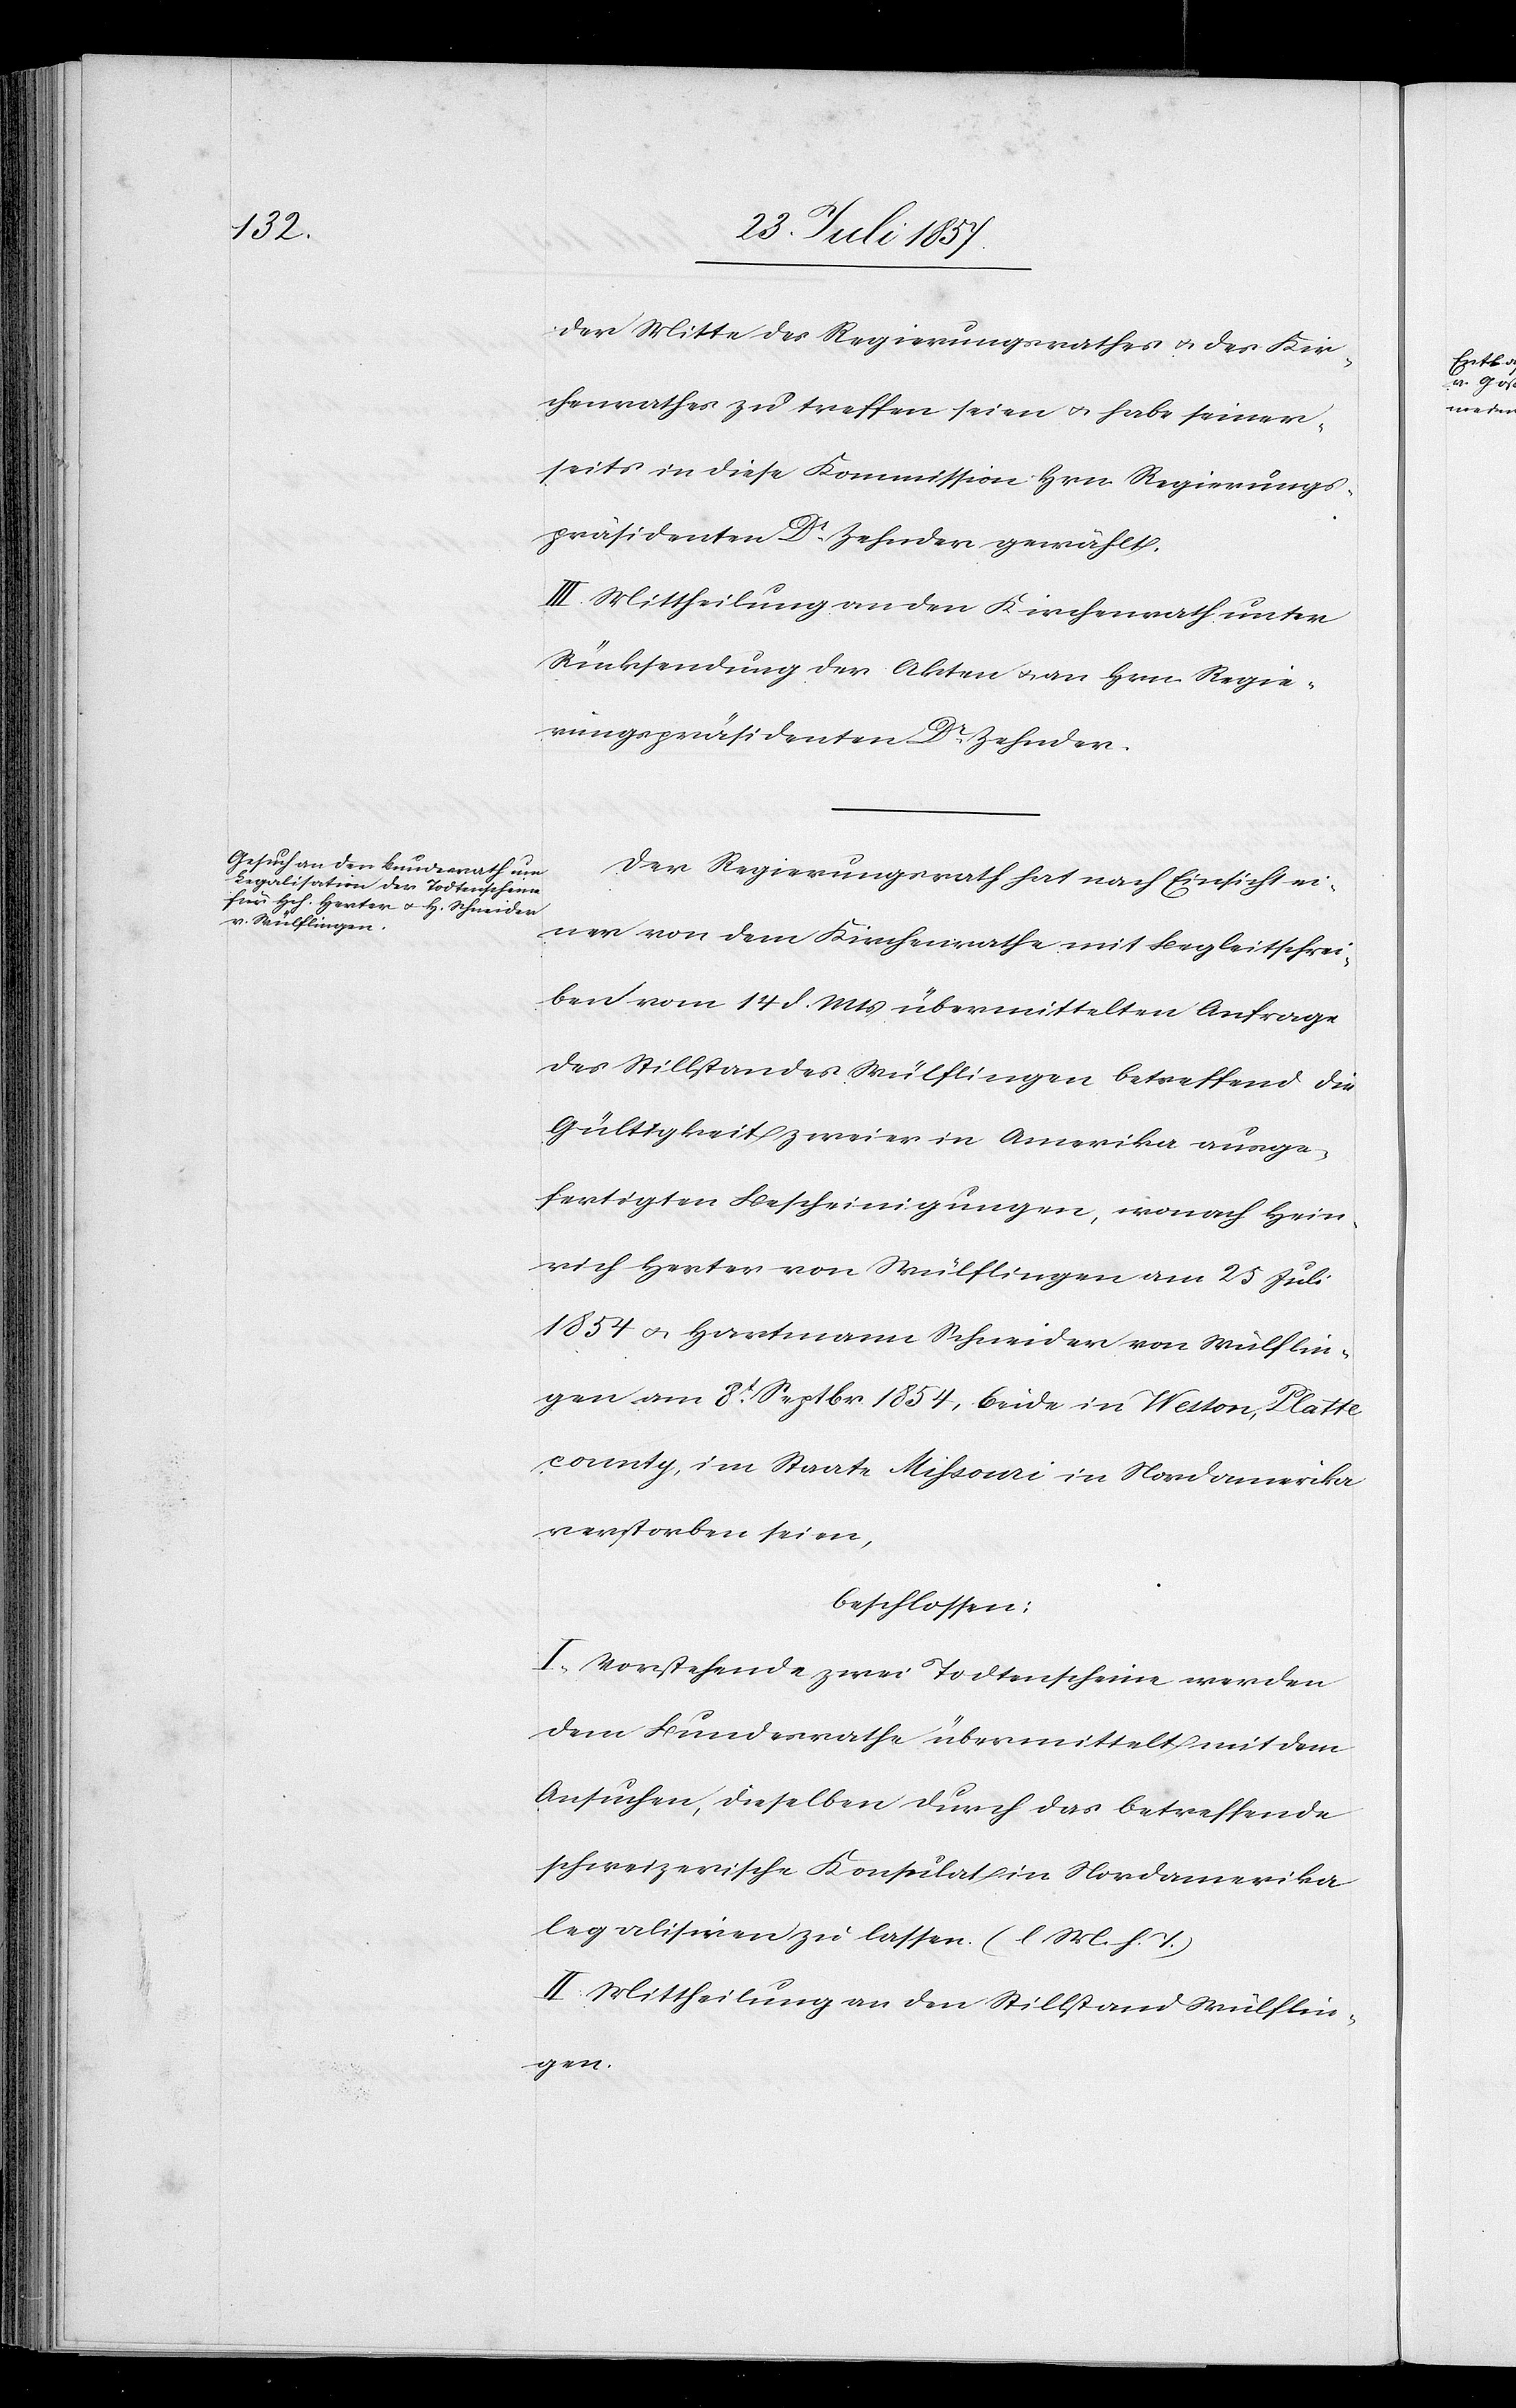
der Mitte des Regierungsrathes & des Kir¬
chenrathes zu treffen seien & habe seiner¬
seits in diese Kommission Hrn. Regierungs¬
präsidenten Dr Zehnder gewählt.
III. Mittheilung an den Kirchenrath unter
Rücksendung der Akten & an Hrn. Regie¬
rungspräsidenten Dr Zehnder.
Der Regierungsrath hat nach Einsicht ei¬
ner von dem Kirchenrathe mit Begleitschrei¬
ben vom 14 d. Mts. übermittelten Anfrage
des Stillstandes Wülflingen betreffend die
Gültigkeit zweier in Amerika ausge¬
fertigten Bescheinigungen, wonach Hein¬
rich Herter von Wülflingen am 25 Juli
1854 & Hartmann Schneider von Wülflin¬
gen am 8t Septbr. 1854, beide in Weston, Platte
county, im Staate Missouri in Nordamerika
verstorben seien,
beschlossen:
I. Vorstehende zwei Todtenscheine werden
dem Bundesrathe übermittelt mit dem
Ansuchen, dieselben durch das betreffende
schweizerische Konsulat in Nordamerika
legalisiren zu lassen. [l. M. h. T]
II. Mittheilung an den Stillstand Wülflin¬
gen.